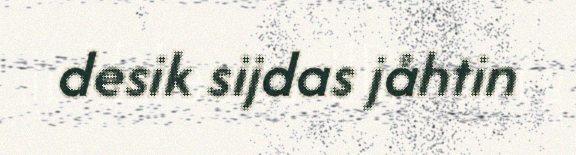
desik sijdas jåhtin